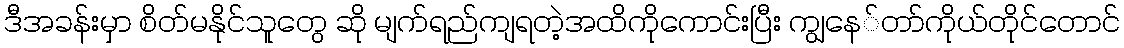
ဒီအခန်းမှာ စိတ်မနိုင်သူတွေ ဆို မျက်ရည်ကျရတဲ့အထိကိုကောင်းပြီး ကျွနေ်တာ်ကိုယ်တိုင်တောင်